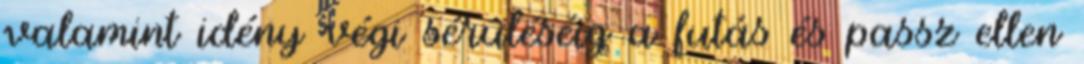
valamint idény végi sérüléséig a futás és passz ellen